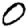
Digit: 0